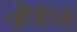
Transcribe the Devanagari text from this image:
जोहाती